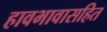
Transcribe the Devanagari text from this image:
हावभावासहित